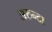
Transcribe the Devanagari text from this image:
अरुन्टा